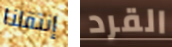
إنتقلنا القرد